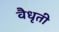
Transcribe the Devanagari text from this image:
वैधृती